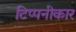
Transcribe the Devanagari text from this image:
टिप्पनीकार